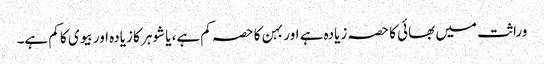
وراثت میں بھائی کا حصہ زیادہ ہے اور بہن کا حصہ کم ہے، یا شوہر کا زیادہ اور بیوی کا کم ہے۔